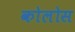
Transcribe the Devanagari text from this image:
कोलोस